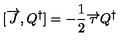
[ \overrightarrow { J } , Q ^ { \dagger } ] = - \frac { 1 } { 2 } \overrightarrow { \tau } Q ^ { \dagger }